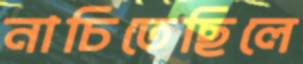
নাচিতেছিলে